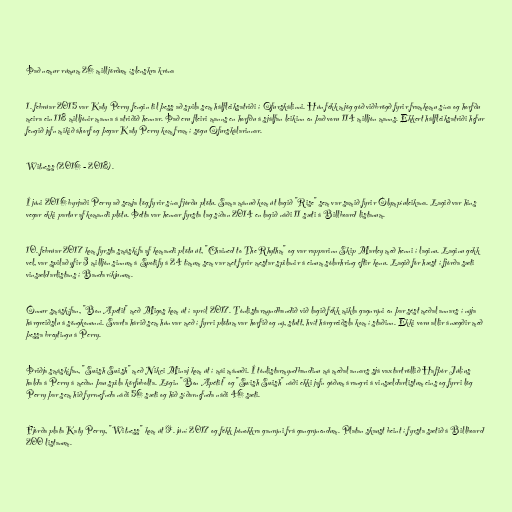
Það nemur rúmum 26 milljörðum íslenskra króna

1. febrúar 2015 var Katy Perry fengin til þess að spila sem hálfleiksatriði í Ofurskálinni. Hún fékk mjög góð viðbrögð fyrir framkomu sína og horfðu
meira ein 118 milljónir manna á atriðið hennar. Það eru fleiri manns en horfðu á sjálfan leikinn en það voru 114 milljón manns. Ekkert hálfleiksatriði hefur
fengið jafn mikið áhorf og þegar Katy Perry kom fram í sögu Ofurskálarinnar.

Witness (2016 - 2018).

Í júni 2016 byrjaði Perry að semja lög fyrir sína fjórðu plötu. Sama mánuð kom út lagið "Rise" sem var samið fyrir Ólympíuleikana. Lagið var hins
vegar ekki partur af komandi plötu. Þetta var hennar fyrsta lag síðan 2014 en lagið náði 11 sæti á Billboard listanum.

10. febrúar 2017 kom fyrsta smáskífa af komandi plötu út, "Chained to The Rhythm" og var rapparinn Skip Marley með henni í laginu. Laginu gekk
vel, var spilað yfir 3 milljón sinnum á Spotify á 24 tímum sem var met fyrir mestar spilanir á einum sólarhring eftir konu. Lagið fór hæst í fjórða sæti
vinsældarlistans í Bandaríkjunum.

Önnur smáskífan, "Bon Apétit" með Migos kom út í apríl 2017. Tónlistarmyndbandið við lagið fékk mikla gagnrýni en þar sést meðal annars í nýja
hárgreiðslu á söngkonunni. Svarta hárið sem hún var með í fyrri plötum var horfið og ný, stutt, hvít hárgreiðsla kom í staðinn. Ekki voru allir ánægðir með
þessa breytingu á Perry.

Þriðja smáskífan, "Swish Swish" með Nikci Minaj kom út í mái mánuði. Í tónlistarmyndbandinu má meðal annars sjá vaxtartröllið Hafþór Júlíus
halda á Perry á meðan þau spila körfubolta. Lögin "Bon Apétit" og "Swish Swish" náði ekki jafn góðum árangri á vinsældarlistum eins og fyrri lög
Perry þar sem hið fyrrnefnda náði 56 sæti og hið síðarnefnda náði 46 sæti.

Fjórða plata Katy Perry, "Witness" kom út 9. júní 2017 og fékk þónokkra ganrýni frá gangrýnendum. Platan skaust beint í fyrsta sætið á Billboard
200 listanum.